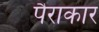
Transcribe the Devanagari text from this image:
पैराकार